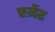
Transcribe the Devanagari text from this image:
एज़ेंट